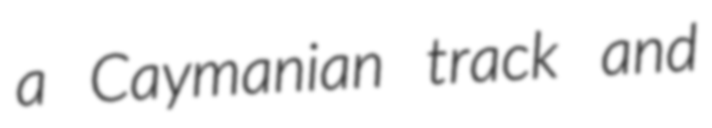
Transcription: a Caymanian track and